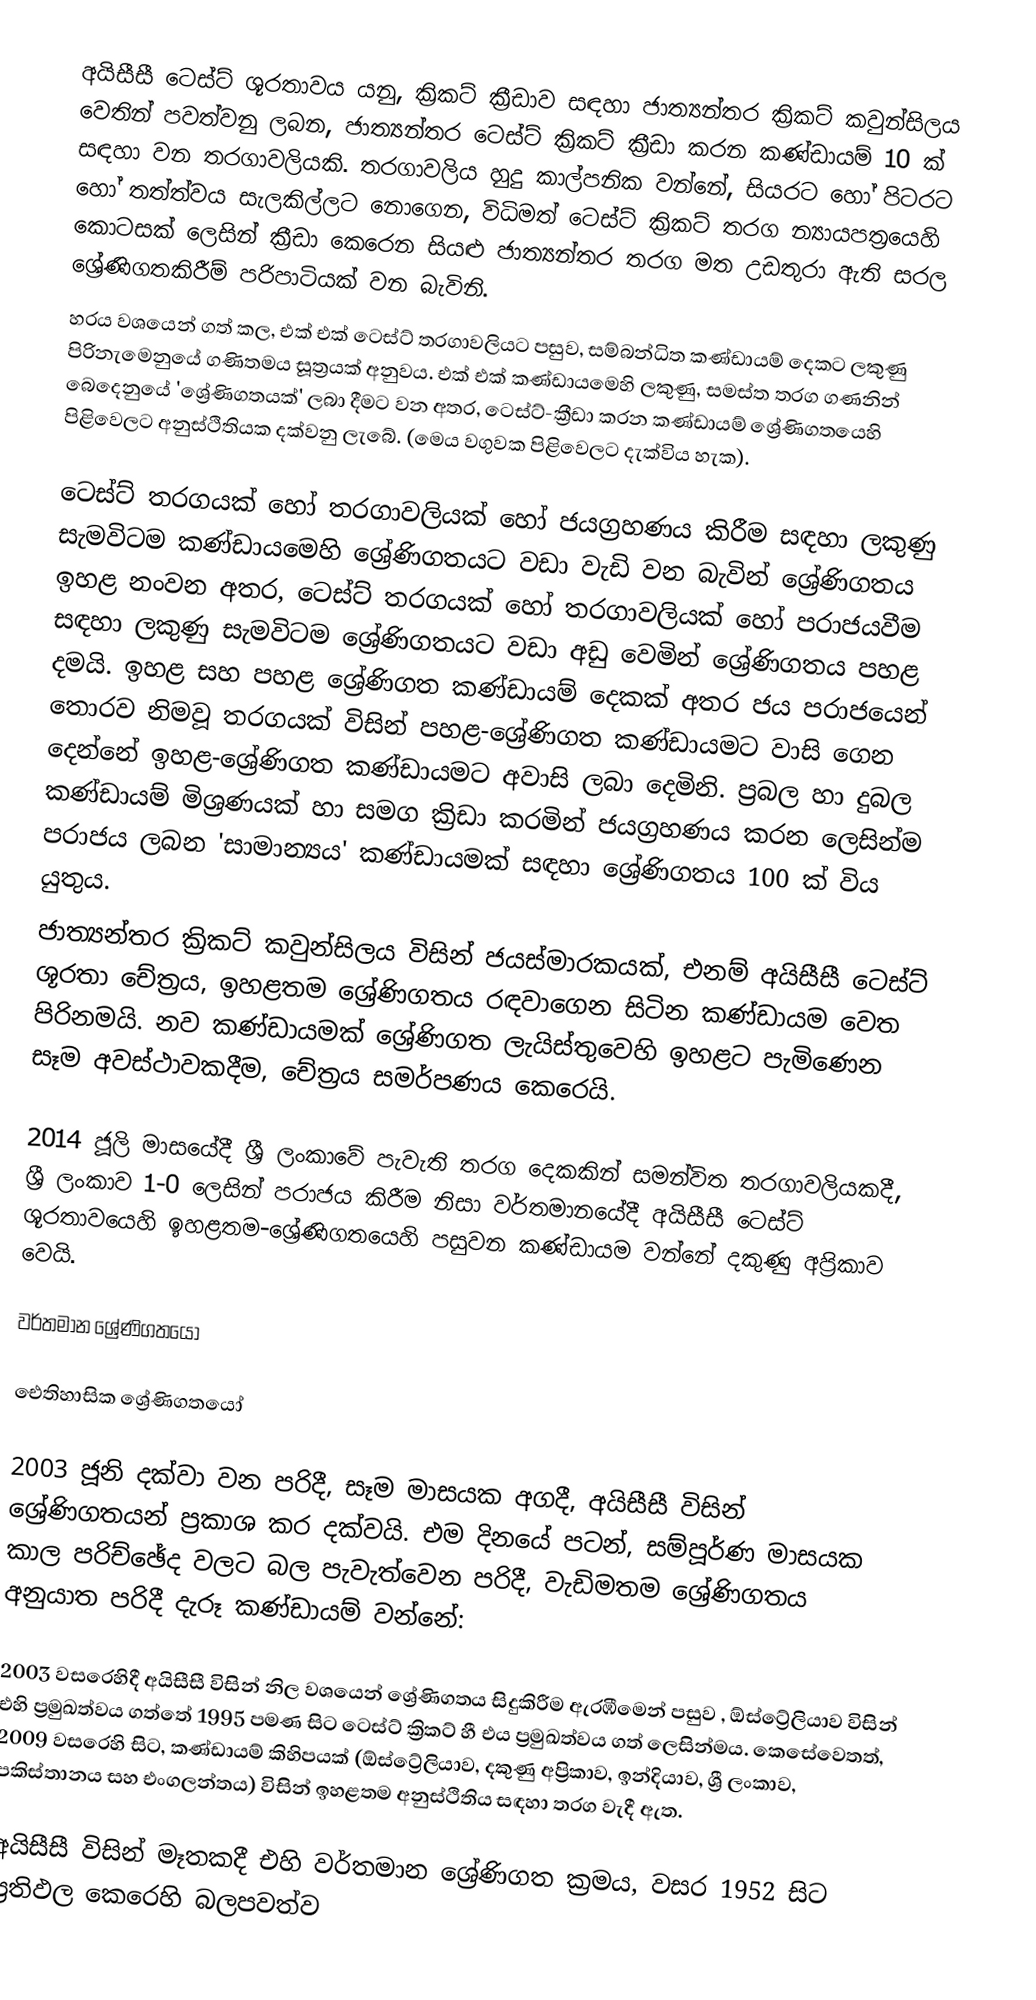
අයිසීසී ටෙස්ට් ශූරතාවය යනු,  ක්‍රිකට් ක්‍රීඩාව සඳහා ජාත්‍යන්තර ක්‍රිකට් කවුන්සිලය වෙතින් පවත්වනු ලබන, ජාත්‍යන්තර ටෙස්ට් ක්‍රිකට් ක්‍රීඩා කරන කණ්ඩායම් 10 ක් සඳහා වන තරගාවලියකි. තරගාවලිය හුදු කාල්පනික වන්නේ, සියරට හෝ පිටරට හෝ තත්ත්වය සැලකිල්ලට නොගෙන,  විධිමත් ටෙස්ට් ක්‍රිකට් තරග න්‍යායපත්‍රයෙහි කොටසක් ලෙසින්  ක්‍රීඩා කෙරෙන සියළු ජාත්‍යන්තර තරග මත උඩතුරා ඇති සරල ශ්‍රේණිගතකිරීම් පරිපාටියක් වන බැවිනි.
හරය වශයෙන් ගත් කල, එක් එක් ටෙස්ට් තරගාවලියට පසුව, සම්බන්ධිත කණ්ඩායම් දෙකට ලකුණු පිරිනැමෙනුයේ ගණිතමය සූත්‍රයක් අනුවය. එක් එක් කණ්ඩායමෙහි ලකුණු, සමස්ත තරග ගණනින් බෙදෙනුයේ 'ශ්‍රේණිගතයක්' ලබා දීමට වන අතර, ටෙස්ට්-ක්‍රීඩා කරන කණ්ඩායම් ශ්‍රේණිගතයෙහි පිළිවෙලට අනුස්ථිතියක දක්වනු ලැබේ. (මෙය වගුවක පිළිවෙලට දැක්විය හැක).

ටෙස්ට් තරගයක් හෝ තරගාවලියක් හෝ ජයග්‍රහණය කිරීම සඳහා ලකුණු සැමවිටම කණ්ඩායමෙහි   ශ්‍රේණිගතයට වඩා වැඩි වන බැවින් ශ්‍රේණිගතය ඉහළ නංවන අතර, ටෙස්ට් තරගයක් හෝ තරගාවලියක් හෝ පරාජයවීම සඳහා ලකුණු සැමවිටම ශ්‍රේණිගතයට වඩා අඩු වෙමින් ශ්‍රේණිගතය පහළ දමයි. ඉහළ සහ පහළ ශ්‍රේණිගත කණ්ඩායම් දෙකක් අතර ජය පරාජයෙන් තොරව නිමවූ තරගයක් විසින් පහළ-ශ්‍රේණිගත කණ්ඩායමට වාසි ගෙන දෙන්නේ ඉහළ-ශ්‍රේණිගත කණ්ඩායමට අවාසි ලබා දෙමිනි. ප්‍රබල හා දුබල කණ්ඩායම් මිශ්‍රණයක් හා සමග ක්‍රිඩා කරමින් ජයග්‍රහණය කරන ලෙසින්ම පරාජය ලබන  'සාමාන්‍යය'  කණ්ඩායමක් සඳහා ශ්‍රේණිගතය 100 ක් විය යුතුය.
ජාත්‍යන්තර ක්‍රිකට් කවුන්සිලය විසින් ජයස්මාරකයක්, එනම් අයිසීසී ටෙස්ට් ශූරතා චේත්‍රය, ඉහළතම ශ්‍රේණිගතය රඳවාගෙන සිටින කණ්ඩායම වෙත පිරිනමයි. නව කණ්ඩායමක් ශ්‍රේණිගත ලැයිස්තුවෙහි ඉහළට පැමිණෙන සෑම අවස්ථාවකදීම,  චේත්‍රය සමර්පණය කෙරෙයි.

2014 ජූලි මාසයේදී ශ්‍රී ලංකාවේ පැවැති තරග දෙකකින් සමන්විත තරගාවලියකදී, ශ්‍රී ලංකාව 1-0 ලෙසින් පරාජය කිරීම නිසා වර්තමානයේදී අයිසීසී ටෙස්ට් ශූරතාවයෙහි ඉහළතම-ශ්‍රේණිගතයෙහි පසුවන කණ්ඩායම වන්නේ  දකුණු අප්‍රිකාව වෙයි.

වර්තමාන ශ්‍රේණිගතයෝ

ඓතිහාසික ශ්‍රේණිගතයෝ

2003 ජූනි දක්වා වන පරිදී,  සෑම මාසයක අගදී, අයිසීසී විසින් ශ්‍රේණිගතයන් ප්‍රකාශ කර දක්වයි.  එම දිනයේ පටන්, සම්පූර්ණ මාසයක කාල පරිච්ඡේද වලට බල පැවැත්වෙන පරිදී,  වැඩිමතම  ශ්‍රේණිගතය අනුයාත පරිදී දැරූ කණ්ඩායම් වන්නේ:

2003 වසරෙහිදී අයිසීසී විසින් නිල වශයෙන් ශ්‍රේණිගතය සිදුකිරීම ඇරඹීමෙන් පසුව , ඕස්ට්‍රේලියාව විසින් එහි ප්‍රමුඛත්වය ගත්තේ 1995 පමණ සිට ටෙස්ට් ක්‍රිකට් හී එය ප්‍රමුඛත්වය ගත් ලෙසින්මය. කෙසේවෙතත්,  2009 වසරෙහි සිට, කණ්ඩායම් කිහිපයක් (ඕස්ට්‍රේලියාව, දකුණු අප්‍රිකාව, ඉන්දියාව, ශ්‍රී ලංකාව, පකිස්තානය සහ එංගලන්තය) විසින් ඉහළතම අනුස්ථිතිය සඳහා තරග වැදී ඇත.

අයිසීසී විසින් මෑතකදී  එහි වර්තමාන ශ්‍රේණිගත ක්‍රමය, වසර 1952 සිට ප්‍රතිඵල කෙරෙහි බලපවත්ව